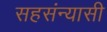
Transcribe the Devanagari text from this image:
सहसंन्यासी